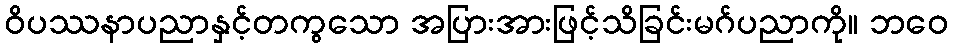
ဝိပဿနာပညာနှင့်တကွသော အပြားအားဖြင့်သိခြင်းမဂ်ပညာကို။ ဘဝေ